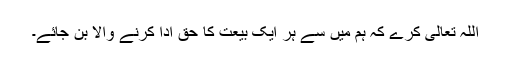
اللہ تعالیٰ کرے کہ ہم میں سے ہر ایک بیعت کا حق ادا کرنے والا بن جائے۔